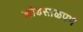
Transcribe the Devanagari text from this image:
खोडसाळपणे